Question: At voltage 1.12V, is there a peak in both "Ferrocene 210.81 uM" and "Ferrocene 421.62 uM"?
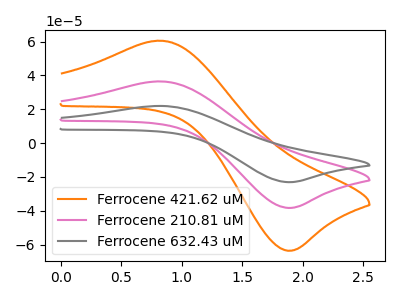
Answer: <think>The orange curve "Ferrocene 421.62 uM" has an anodic peak at (0.85V, 60.45uA) and a cathodic peak at (1.85V, -63.55uA). The pink curve "Ferrocene 210.81 uM" has an anodic peak at (0.85V, 36.45uA) and a cathodic peak at (1.85V, -38.30uA). The gray curve "Ferrocene 632.43 uM" has an anodic peak at (0.85V, 72.85uA) and a cathodic peak at (1.85V, -76.55uA).</think>
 <answer>No, "Ferrocene 210.81 uM" and "Ferrocene 421.62 uM" dont share a peak at 1.12V.</answer>
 <eval>mismatch</eval>